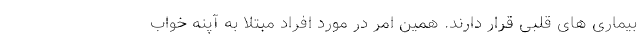
بیماری های قلبی قرار دارند. همین امر در مورد افراد مبتلا به آپنه خواب